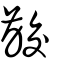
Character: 齩